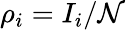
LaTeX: \rho_{i}=I_{i}/\mathcal{N}